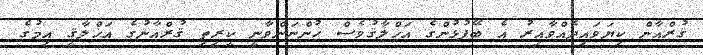
ޤުރްއާން ކިޔަވައިދެއްވާއިރު އެ ބޭފުޅުންގެ އަޚްލާޤުވެސް ހުންނަންވާނީ ކީރިތި ޤުރްއާނުގެ އަޚްލާޤީ އިމުގެ